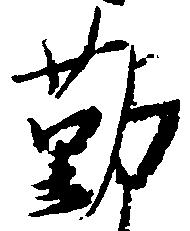
勤